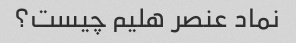
نماد عنصر هلیم چیست؟